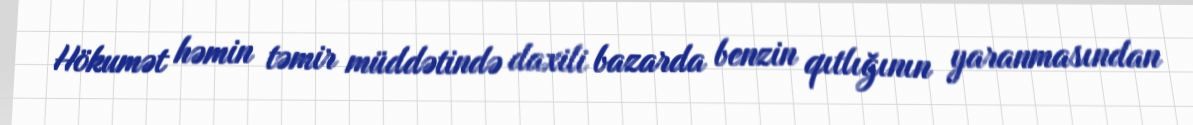
Hökumət həmin təmir müddətində daxili bazarda benzin qıtlığının yaranmasından